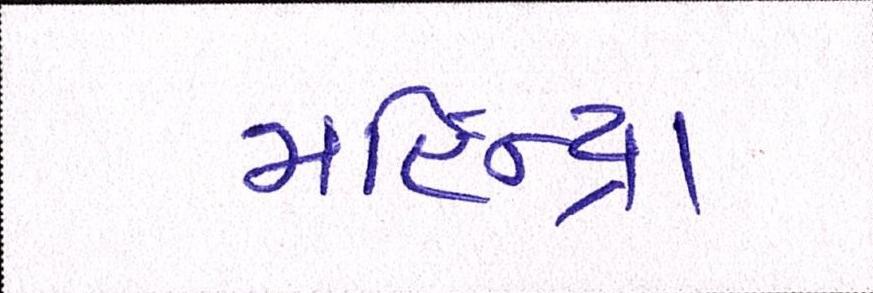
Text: મહિન્દ્રા